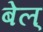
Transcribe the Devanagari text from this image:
बेल्